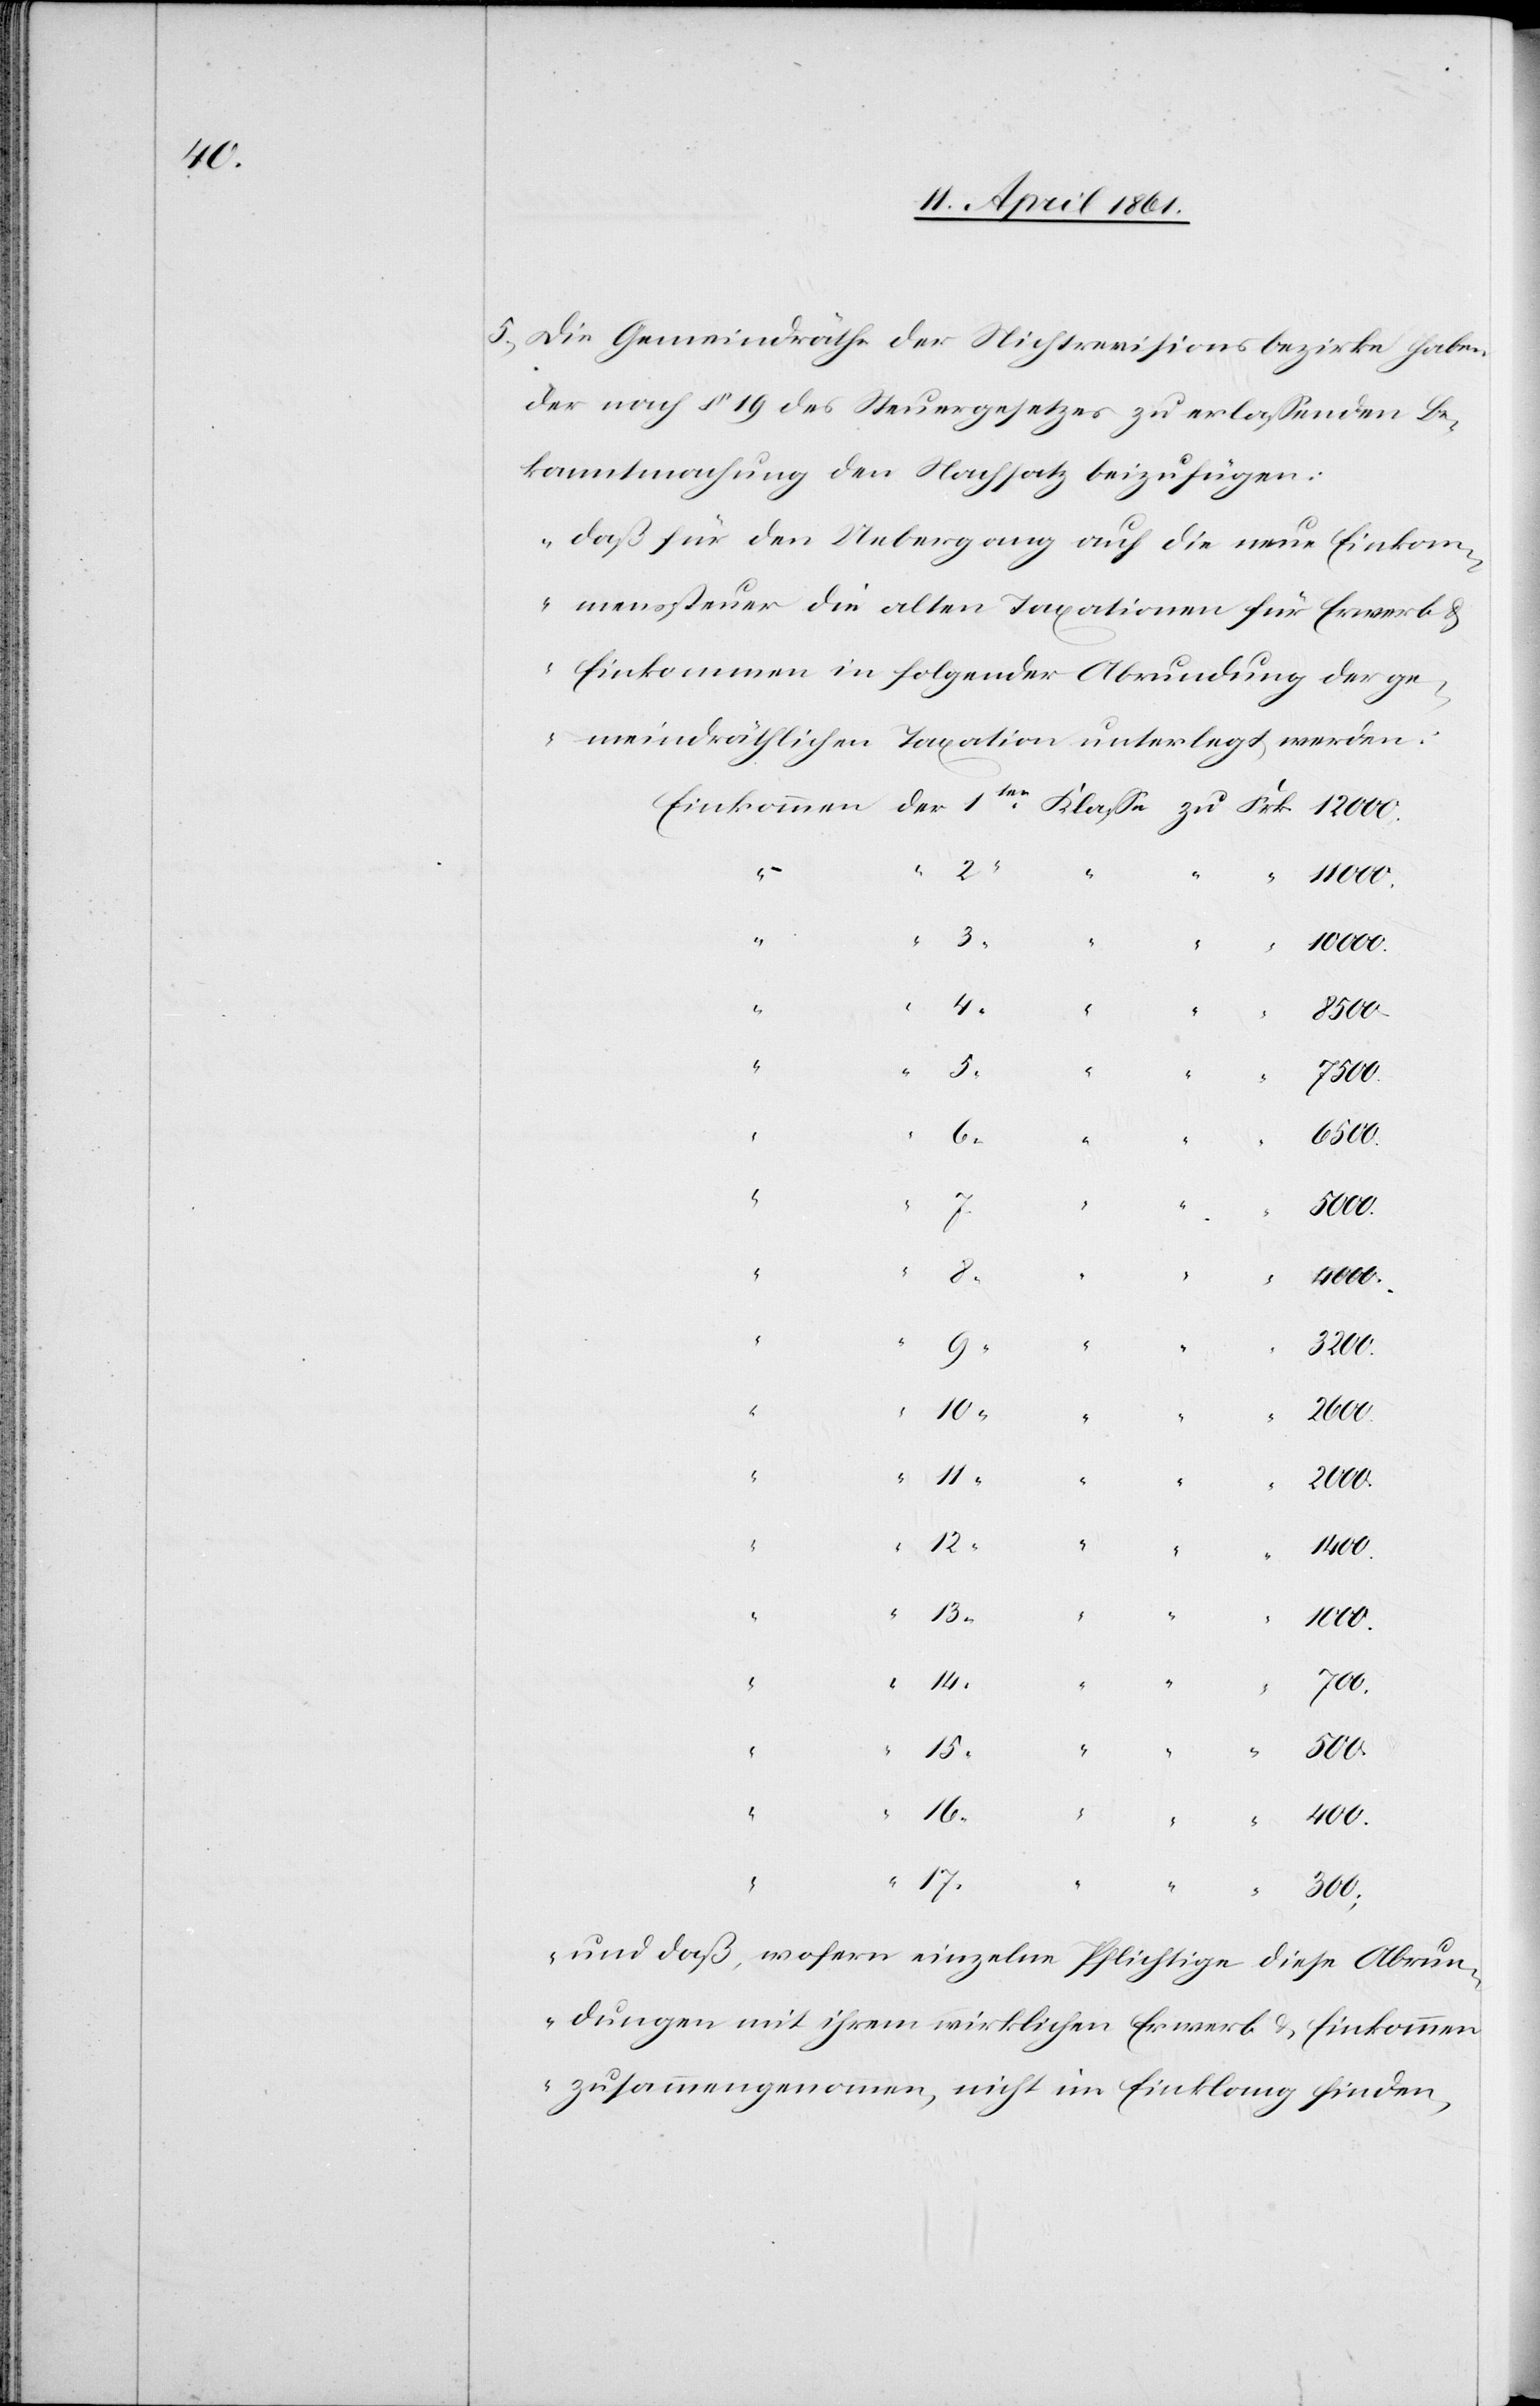
5. Die Gemeindräthe der Nichtrevisionsbezirke haben
der nach § 19 des Steuergesetzes zu erlassenden Be¬
kanntmachung den Nachsatz beizufügen:
„daß für den Uebergang auf die neue Einkom¬
menssteuer die alten Taxationen für Erwerb u.
Einkommen in folgender Abrundung der ge¬
meindräthlichen Taxation unterlegt werden.
1000.
“
6500.
5
Klasse
“
17
14
700.
500.
400.
“
2
300.
und daß, wofern einzelne Pflichtige diese Abrun¬
dungen mit ihrem wirklichen Erwerb u. Einkommen
zusammengenommen, nicht im Einklang finden,